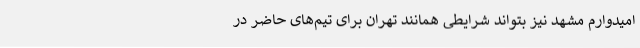
امیدوارم مشهد نیز بتواند شرایطی همانند تهران برای تیم‌های حاضر در